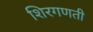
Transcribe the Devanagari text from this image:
शिरगणती